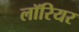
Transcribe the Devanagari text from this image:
लॉरियर